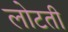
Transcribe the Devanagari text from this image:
लोटती